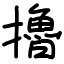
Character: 擼